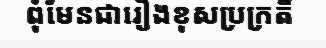
ពុំមែនជារឿងខុសប្រក្រតី